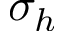
\sigma _ { h }